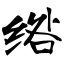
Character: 绺